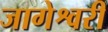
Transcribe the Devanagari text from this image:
जागेश्वरी